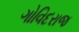
ગોવિદરાજ